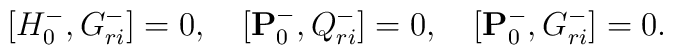
\lbrack{H^{-}_0,G^{-}_{ri}}\rbrack=0,\quad\lbrack{{\bf P}^{-}_0,Q^{-}_{ri}}\rbrack=0,\quad\lbrack{{\bf P}^{-}_0,G^{-}_{ri}}\rbrack=0.